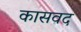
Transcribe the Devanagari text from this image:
कासवद